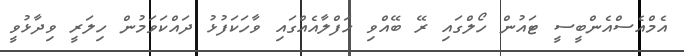
އެމްއެސްއެންބީސީ ޓައުން ހޯލްގައި ރޭ ބޭއްވި ހަފްލާއެއްގައި ވާހަކަފުޅު ދައްކަވަމުން ހިލަރީ ވިދާޅުވީ